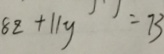
8 z + 1 1 y = 7 3